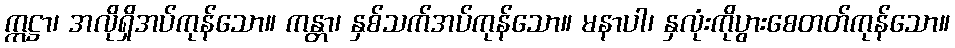
ဣဋ္ဌာ၊ အလိုရှိအပ်ကုန်သော။ ကန္တာ၊ နှစ်သက်အပ်ကုန်သော။ မနာပါ၊ နှလုံးကိုပွားစေတတ်ကုန်သော။